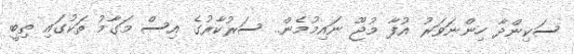
ސަކިންދާ ހިންނަވަރު އުފާ މުޖޫ ނައިމުމެން.. ސަރުކާރުގެ އިސް މަގާމު ތަކުގައި ތިބީ